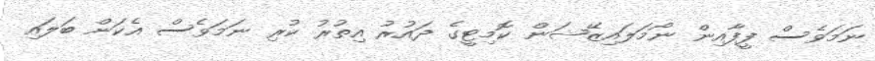
ނަމަވެސް ފީފާއިން ނޯމަލައިޒޭޝަން ކޮމިޓީގެ ދައުރު އިތުރު ކުރި ނަމަވެސް އެކަން ބަލައި